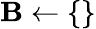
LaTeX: \mathbf{B}\gets\{ \}